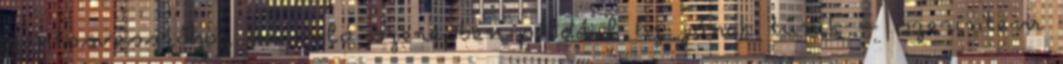
pontosvesszőhöz hasonló szerepben például Ez jónak tűnik – szerintem